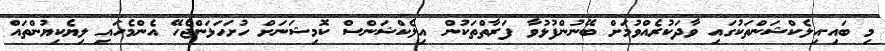
މި ބައި-އިލެކްޝަންތަކުގައި ވާދަކުރެއްވުމަށް ބޭނުންފުޅުވާ ފަރާތްތަކުން އިލެކްޝަންސް ކޮމިޝަނަށް ހުށަހަޅަންޖެހޭ އެންމެހައި ލިޔެކިޔުންތައް